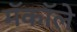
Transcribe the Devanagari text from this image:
मॅकॉले